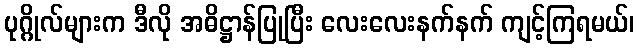
ပုဂ္ဂိုလ်များက ဒီလို အဓိဋ္ဌာန်ပြုပြီး လေးလေးနက်နက် ကျင့်ကြရမယ်၊